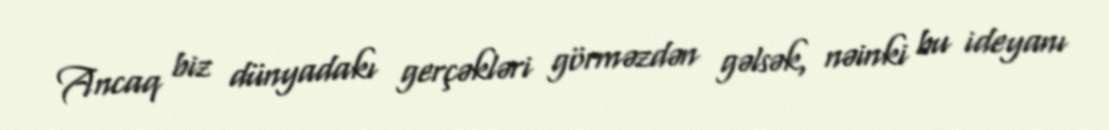
Ancaq biz dünyadakı gerçəkləri görməzdən gəlsək, nəinki bu ideyanı